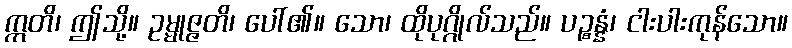
ဣတိ၊ ဤသို့။ ဥမ္မုဇ္ဇတိ၊ ပေါ်၏။ သော၊ ထိုပုဂ္ဂိုလ်သည်။ ပဉ္စန္နံ၊ ငါးပါးကုန်သော။